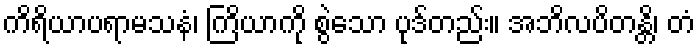
ကိရိယာပရာမသနံ၊ ကြိယာကို စွဲသော ပုဒ်တည်း။ အဘိလပိတန္တိ၊ တံ